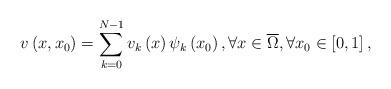
LaTeX: \begin{align*}v\left( x,x_{0}\right) =\displaystyle\sum\limits_{k=0}^{N-1}v_{k}\left(x\right) \psi _{k}\left( x_{0}\right) ,\forall x\in \overline{\Omega },\forall x_{0}\in \left[ 0,1\right] , \end{align*}